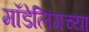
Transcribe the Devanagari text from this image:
मॉडेलिंगच्या